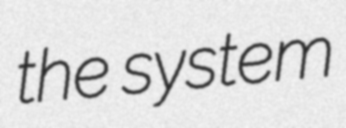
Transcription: the system